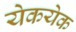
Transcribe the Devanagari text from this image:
येकयेक